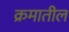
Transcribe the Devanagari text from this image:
क्रमातील